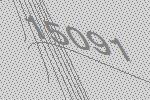
15091